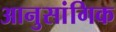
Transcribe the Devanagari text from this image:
आनुसांगिक